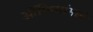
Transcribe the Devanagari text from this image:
ऑफिसांमध्ये